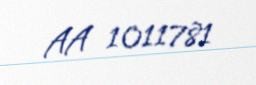
AA 1011781